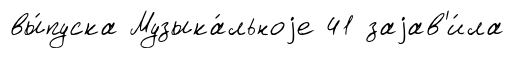
вы́пуска Музыка́льноjе 41 заjав'и́ла